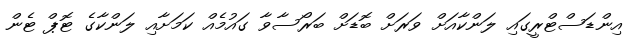
އިންޑަސްޓްރީގައި ލަންކާއަށް ވަރަށް ބޮޑަށް ބަރޯސާވާ ގައުމެއް ކަމަށާއި ލަންކާގެ ޓޮޕް ޓެން